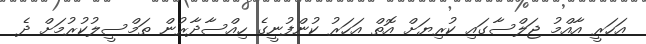
އަހަރީ އާއްމު ޖަލްސާގައި ކުރިޔަށް އޮތް އަހަރު ކުންފުނީގެ ހިއްސާދާރުން ތަމްސީލުކުރުމަށް ދެ